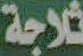
ثلاجة